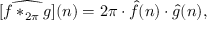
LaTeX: [ { \widehat { f * _ { 2 \pi } g } } ] ( n ) = 2 \pi \cdot { \widehat { f } } ( n ) \cdot { \widehat { g } } ( n ) ,